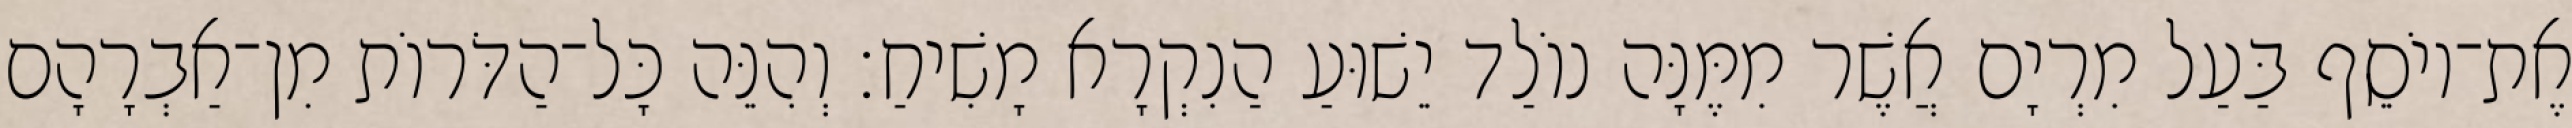
אֶת־יוֹסֵף בַּעַל מִרְיָם אֲשֶׁר מִמֶּנָּה נוֹלַד יֵשׁוּעַ הַנִקְרָא מָשִׁיחַ׃ וְהִנֵּה כָּל־הַדֹּרוֹת מִן־אַבְרָהָם